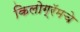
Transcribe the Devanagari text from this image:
किलोग्रॅमचे